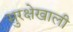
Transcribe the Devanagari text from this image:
सुरक्षेखाली